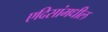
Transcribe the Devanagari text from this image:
एदिसांमधील